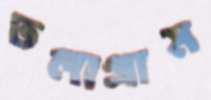
তলাগ্রাম